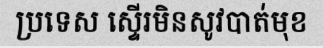
ប្រទេស ស្ទើរមិនសូវបាត់មុខ